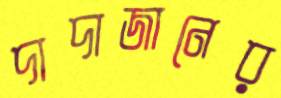
দাদাজানের